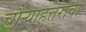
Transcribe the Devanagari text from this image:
चौर्‍याहत्तरावा